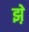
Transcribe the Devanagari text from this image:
झ़े